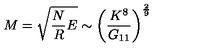
M = \sqrt { \frac { N } { R } E } \sim \left( \frac { K ^ { 8 } } { G _ { 1 1 } } \right) ^ { \frac { 2 } { 9 } }